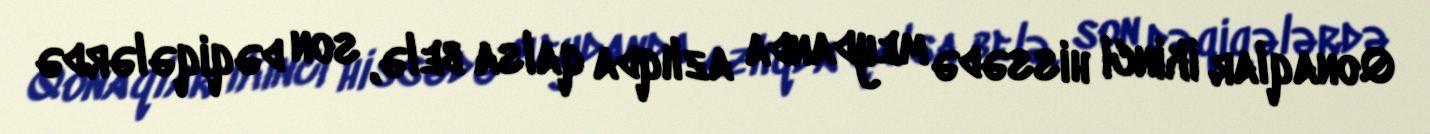
Qonaqlar ikinci hissədə meydanda azlıqda qalsa belə, son dəqiqələrdə